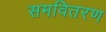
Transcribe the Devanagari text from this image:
समवितरण